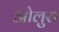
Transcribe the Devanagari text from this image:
ओलुस